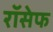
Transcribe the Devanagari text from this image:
रॉसेफ